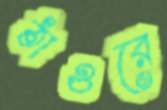
ঠাওরে